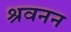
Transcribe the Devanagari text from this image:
श्रवनन